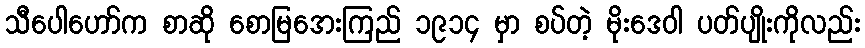
သီပေါဟော်က စာဆို စောမြအေးကြည် ၁၉၁၄ မှာ စပ်တဲ့ မိုးဒေဝါ ပတ်ပျိုးကိုလည်း